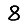
Digit: 8